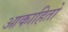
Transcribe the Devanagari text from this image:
आकाहितो